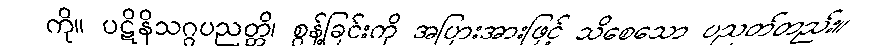
ကို။ ပဋိနိသဂ္ဂပညတ္တိ၊ စွန့်ခြင်းကို အပြားအားဖြင့် သိစေသော ပညတ်တည်း။